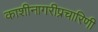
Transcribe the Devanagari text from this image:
काशीनागरीप्रचारिणी